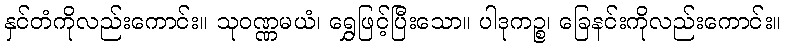
နှင်တံကိုလည်းကောင်း။ သုဝဏ္ဏမယံ၊ ရွှေဖြင့်ပြီးသော။ ပါဒုကဉ္စ၊ ခြေနင်းကိုလည်းကောင်း။